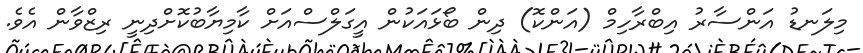
މިލަނޑު އަންސާރު އިބްރާހިމް (އަންކޮ) ދިން ބޯޅައަކުން އީގަލްސްއަށް ކާމިޔާބުކޮށްދިނީ ރިޒްވާން އެވެ.